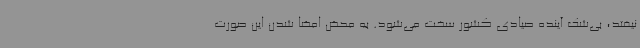
نیفتد، بی‌شک آینده صیادی کشور سخت می‌شود. به محض امضا شدن این صورت